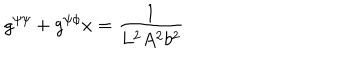
LaTeX: g ^ { \psi \psi } + g ^ { \psi \phi } x = \frac { 1 } { L ^ { 2 } A ^ { 2 } b ^ { 2 } }